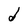
Character: d